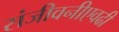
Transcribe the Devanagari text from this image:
संजीवनीएवढी